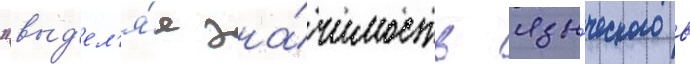
"выд'ел'я́я зна́чимость язы́ческого в